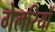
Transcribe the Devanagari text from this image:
गेलरियों